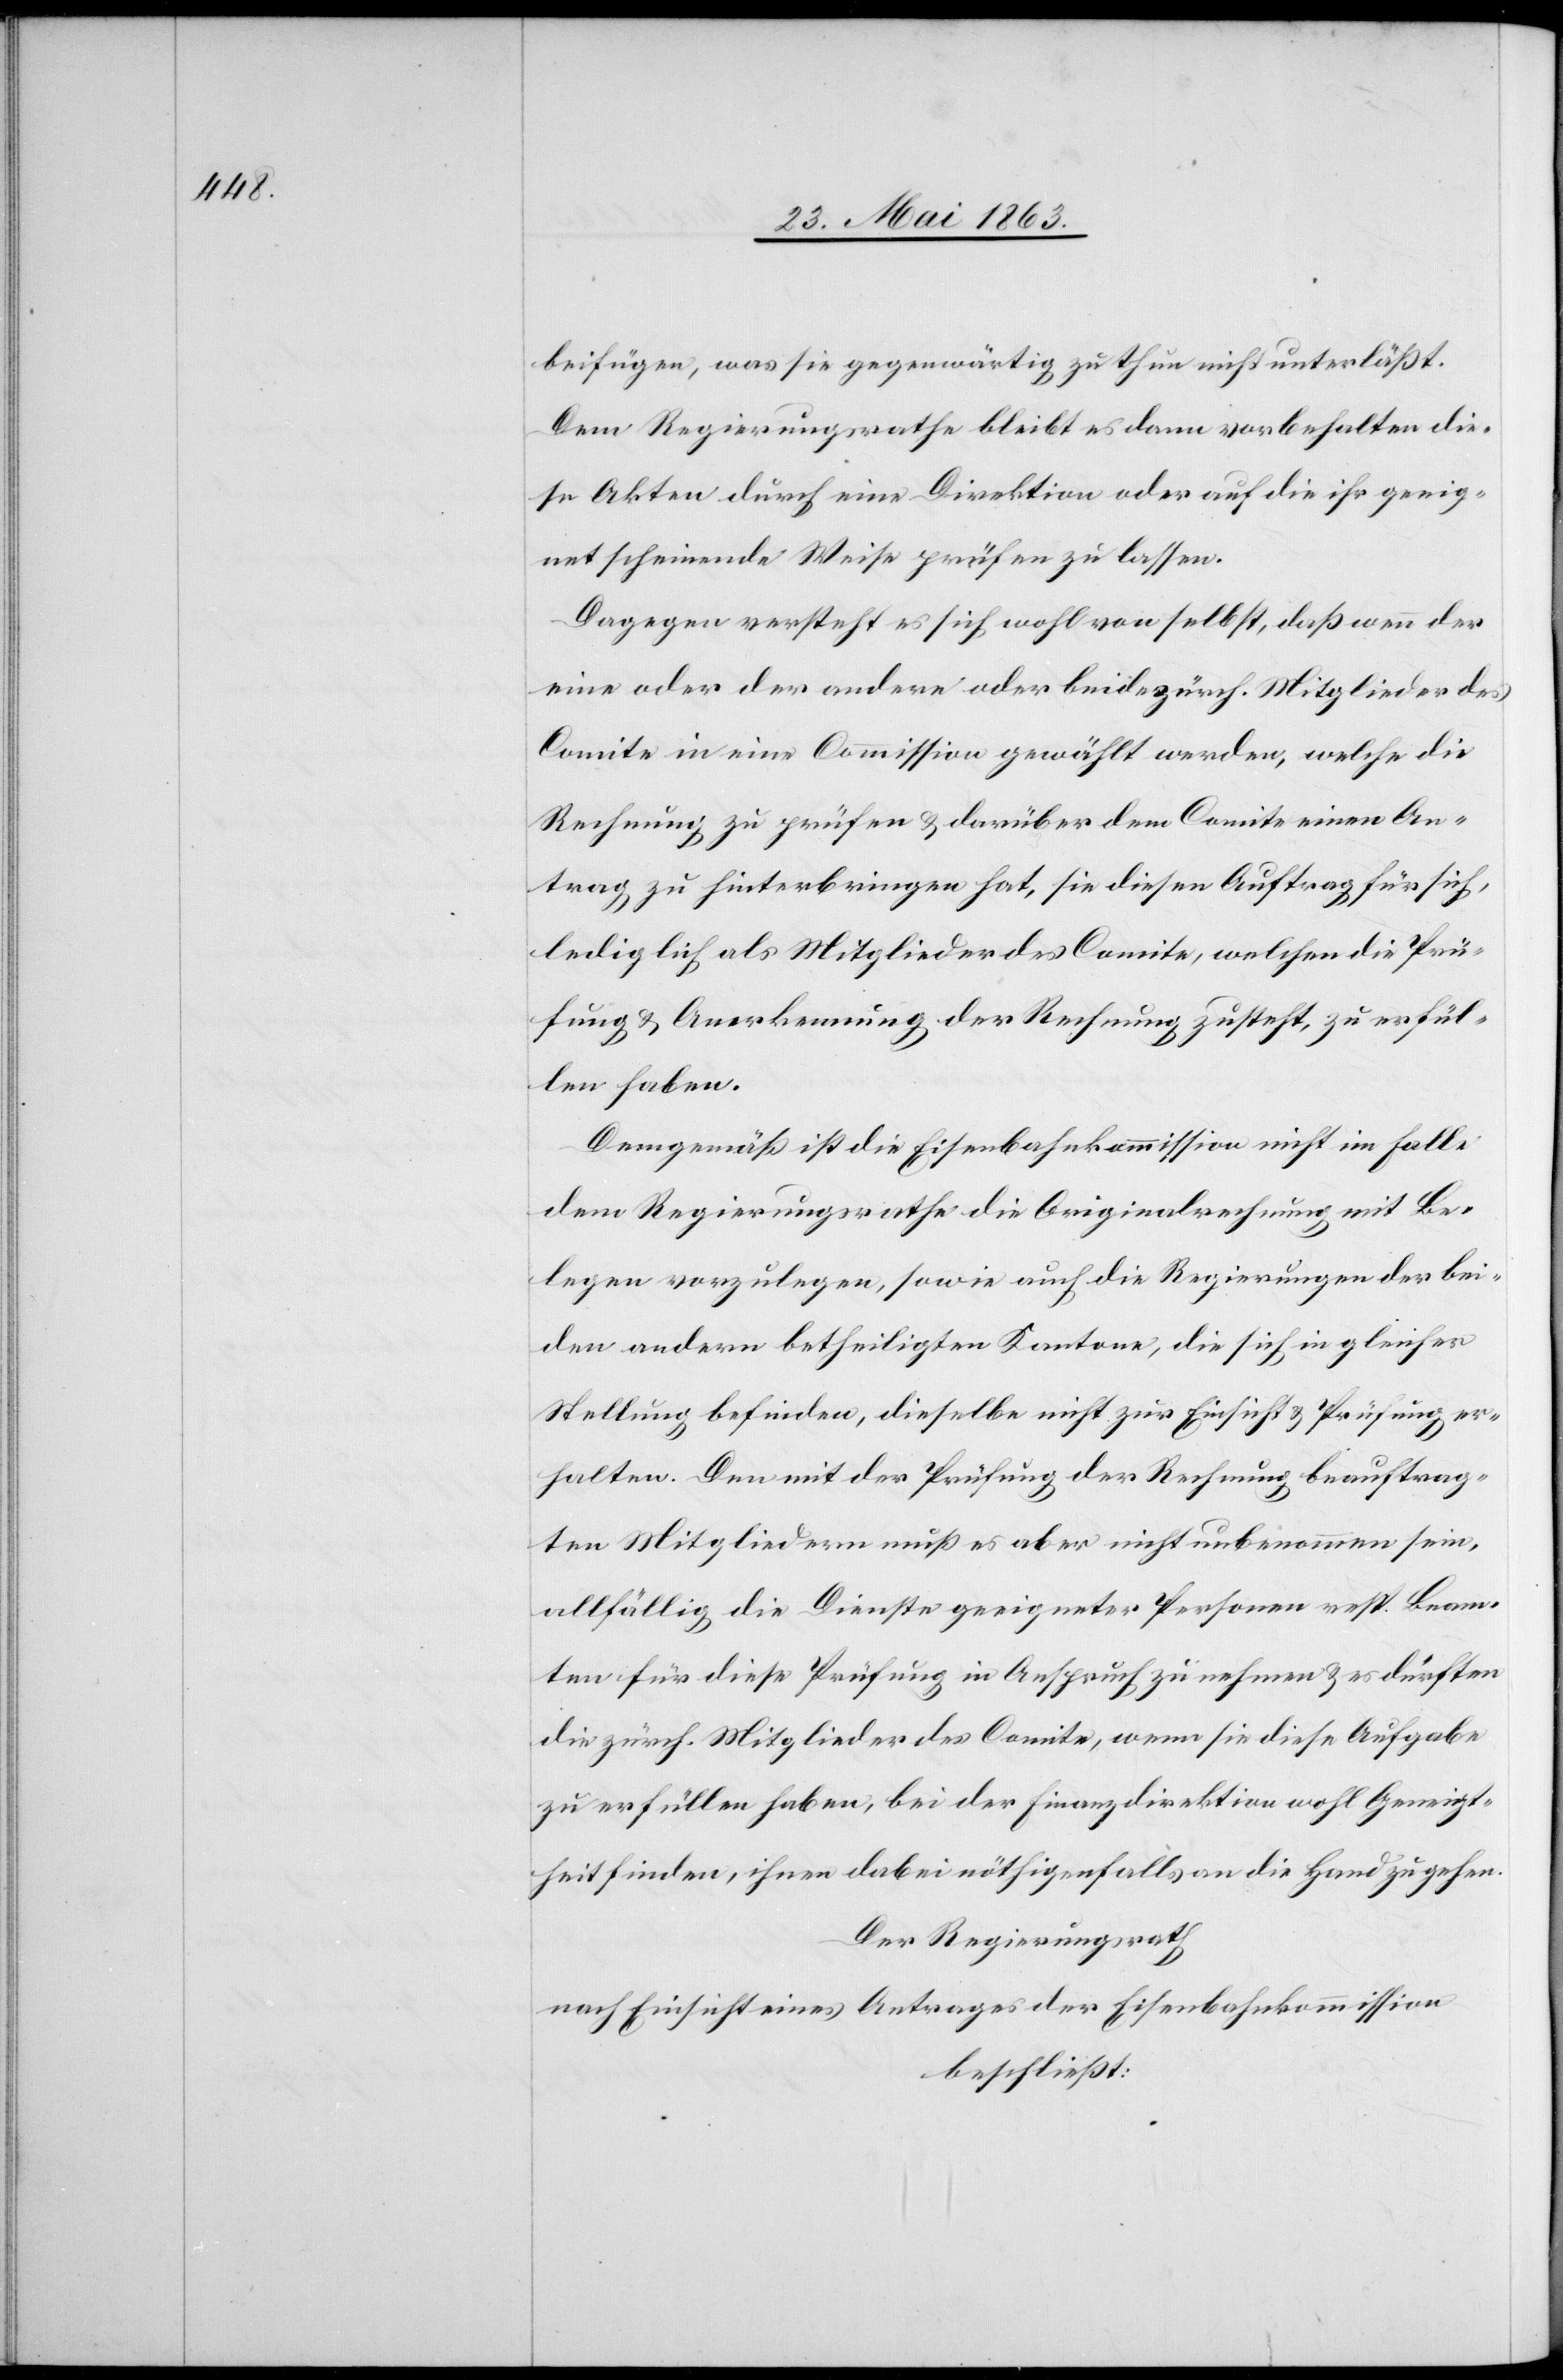
beifügen, was sie gegenwärtig zu thun nicht unterläßt.
Dem Regierungsrathe bleibt es dann vorbehalten die¬
se Akten durch eine Direktion oder auf die ihr geeig¬
net scheinende Weise prüfen zu lassen.
Dagegen versteht es sich wohl von selbst, daß wenn der
eine oder der andere oder beide zürch. Mitglieder des
Comite in eine Commission gewählt werden, welche die
Rechnung zu prüfen & darüber dem Comite einen An¬
trag zu hinterbringen hat, sie diesen Auftrag für sich
lediglich als Mitglieder des Comite, welchen die Prü¬
fung & Anerkennung der Rechnung zusteht, zu erfül¬
len haben.
Demgemäß ist die Eisenbahnkommission nicht im Falle
dem Regierungsrathe die Originalrechnung mit Be¬
legen vorzulegen, sowie auch die Regierungen der bei¬
den andern betheiligten Kantone, die sich in gleicher
Stellung befinden, dieselbe nicht zur Einsicht & Prüfung er¬
halten. Den mit der Prüfung der Rechnung beauftrag¬
ten Mitgliedern muß es aber nicht unbenommen sein,
allfällig die Dienste geeigneter Personen resp. Beam¬
ten für diese Prüfung in Anspruch zu nehmen & es dürften
die zürch. Mitglieder des Comite, wenn sie diese Aufgabe
zu erfüllen haben, bei der Finanzdirektion wohl Geneigt¬
heit finden, ihnen dabei nöthigenfalls an die Hand zu gehen.
Der Regierungsrath
nach Einsicht eines Antrages der Eisenbahnkommission
beschließt: